Leaving Certificate Examination, 1909
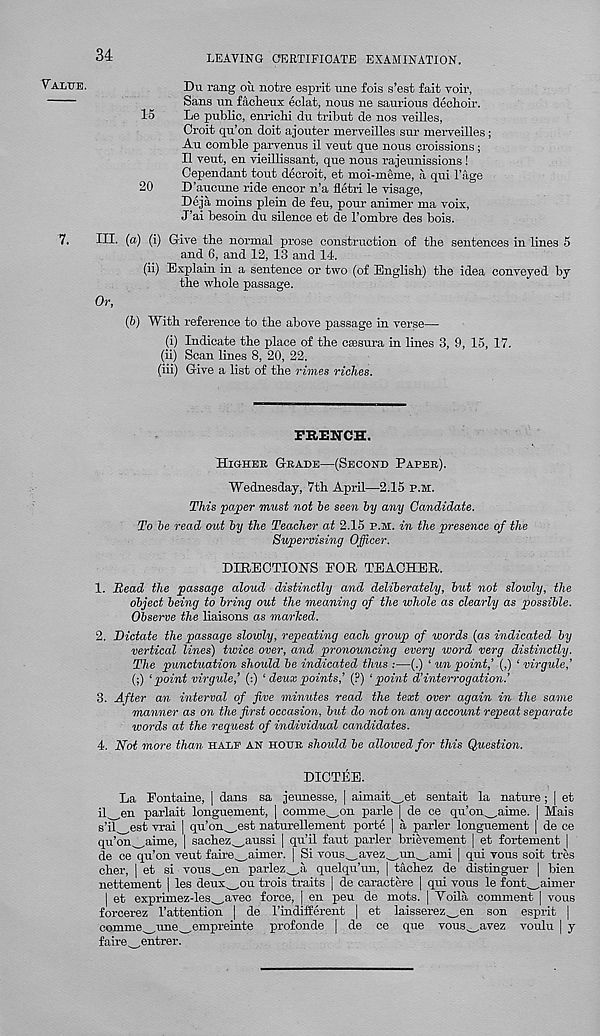
Value.
7.
34
LEAVING CERTIFICATE EXAMINATION.
Du rang ou notre esprit une fois s’est fait voir,
Sans nn facheux eclat, nous ne saurious dechoir.
15
Le public, enrichi dn tribut de nos veilles,
Croit qu’on doit ajouter merveilles sm - merveilles;
An comble pai-venus il vent que nous croissions;
II veut, en vieillissant, que nous rajeunissions!
Oependant tout decroit, et moi-meme, a qui I’age
20
D’aucune ride encor n’a fletri le visage,
Deja moins plein de fen, pour animer ma voix,
J’ai besoin du silence et de 1’ombre des bois.
III. (a) (i) Give the normal prose construction of the sentences in lines 5
and 6, and 12, 13 and 14.
(ii) Explain in a sentence or two (of English) the idea conveyed by
the whole passage.
Or,
(b) With reference to the above passage in verse—
(i) Indicate the place of the ctesura in lines 3, 9, 15, 17.
(ii) Scan lines 8, 20, 22.
(hi) Give a list of the rimes riches.
FRENCH.
Higher Grade—(Second Paper).
Wednesday, 7th April—2.15 p.h.
This paper must not be seen by any Candidate.
To be read out by the Teacher at 2.15 p.m. in the presence of the
Supervising Officer.
DIRECTIONS FOR TEACHER.
1. Bead the passage aloud distinctly and deliberately, but not slowly, the
object being to bring out the meaning of the whole as clearly as possible.
Observe the liaisons as marhed.
2. Dictate the passage slowly, repeating each group of words (as indicated by
vertical lines) twice over, and pronouncing every word verg distinctly.
The punctuation should be indicated thus :—(.) ‘ un point,’ (,) ‘ virgule,’
(;) ‘point virgule,’ (:) ‘ deux points,’ (p) ‘point d’interrogation.’
3. After an interval of five minutes read the text over again in the same
manner as on the first occasion, but do not on any account repeat separate
words at the reguest of individual candidates.
4. Not more than half an HOUR should be allowed for this Question.
DICTEE.
La Eontaine, | dans sa jeunesse, | aimait_et sentait la nature ; | et
il^en parlait longuement, | comme^on parle | de ce qu’on^_,aime. | Mais
s’il^est vrai | qu’on^est naturellement porte | a parler longuement | de ce
qu’on^aime, | sachez^aussi [ qn’il faut parler brievement j et fortement |
de ce qn’on veut faire^aimer. | Si vous^avez^un^ami | qui vous soit tres
cher, | et si vous_en parlez^_,a quelqu’un, | tachez de distinguer | bien
nettement | les deux,_ou trois traits | de caractere | qui vous le font^_.aimer
| et exprimez-les_avec force, | en pen de mots. | Yoila comment | vous
forcerez Tattention | de Tindifferent | et laisserez^en son esprit |
comme^,une^,empreinte profonde | de ce que vous^avez voulu | y
faire^entrer.